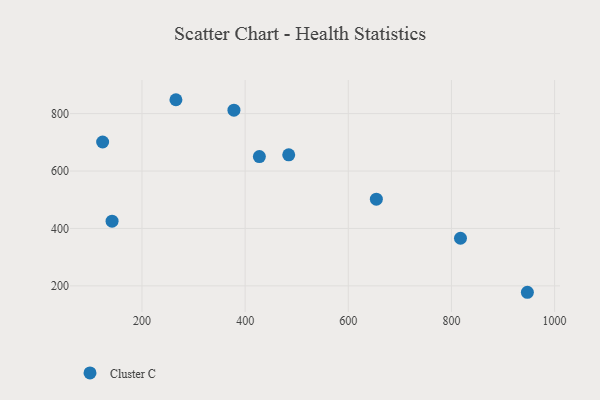
{"axis": {"x": "Speed", "y": "Fuel Efficiency"}, "legend": ["Cluster C"], "data": [{"x": "427.6", "y": 650.2, "type": "Cluster C"}, {"x": "654.4", "y": 502.0, "type": "Cluster C"}, {"x": "142.0", "y": 425.3, "type": "Cluster C"}, {"x": "484.5", "y": 656.6, "type": "Cluster C"}, {"x": "947.2", "y": 177.6, "type": "Cluster C"}, {"x": "123.7", "y": 701.1, "type": "Cluster C"}, {"x": "817.5", "y": 365.8, "type": "Cluster C"}, {"x": "265.8", "y": 848.4, "type": "Cluster C"}, {"x": "378.3", "y": 812.1, "type": "Cluster C"}]}